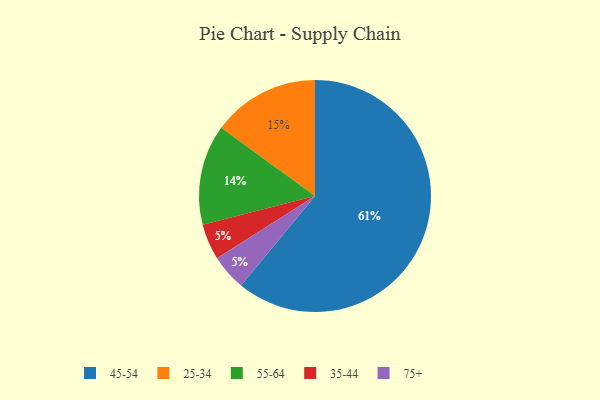
{"axis": {"x": "Category", "y": "Percentage"}, "legend": ["25-34", "35-44", "45-54", "55-64", "75+"], "data": [{"x": "55-64", "y": 14, "type": "55-64"}, {"x": "35-44", "y": 5, "type": "35-44"}, {"x": "45-54", "y": 61, "type": "45-54"}, {"x": "25-34", "y": 15, "type": "25-34"}, {"x": "75+", "y": 5, "type": "75+"}]}